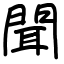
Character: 聞